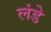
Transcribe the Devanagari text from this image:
लंडे